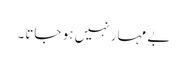
بے مہار نہیں ہو جاتا۔